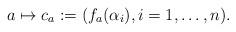
LaTeX: \begin{align*} a\stackrel{}{\mapsto} c_a:=(f_a(\alpha_i),i=1,\dots,n). \end{align*}